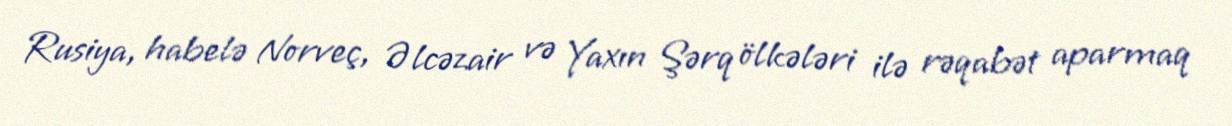
Rusiya, habelə Norveç, Əlcəzair və Yaxın Şərq ölkələri ilə rəqabət aparmaq